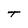
Character: t